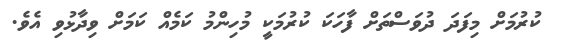
ކުރުމަށް މިފަދަ ދުވަސްތަށް ފާހަކަ ކުރުމަކީ މުހިންމު ކަމެއް ކަމަށް ވިދާޅުވި އެވެ.